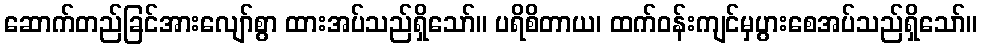
ဆောက်တည်ခြင်အားလျော်စွာ ထားအပ်သည်ရှိသော်။ ပရိစိတာယ၊ ထက်ဝန်းကျင်မှပွားစေအပ်သည်ရှိသော်။